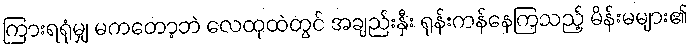
ကြားရရုံမျှ မကတော့ဘဲ လေထုထဲတွင် အချည်းနှီး ရုန်းကန်နေကြသည့် မိန်းမများ၏